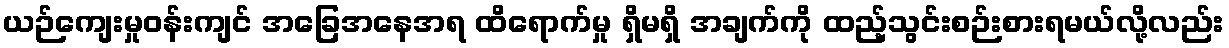
ယဉ်ကျေးမှုဝန်းကျင် အခြေအနေအရ ထိရောက်မှု ရှိမရှိ အချက်ကို ထည့်သွင်းစဉ်းစားရမယ်လို့လည်း